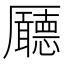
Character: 𠫊